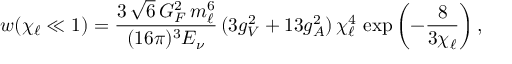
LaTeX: w ( \chi _ { \ell } \ll 1 ) = \frac { 3 \, \sqrt { 6 } \, G _ { F } ^ { 2 } \, m _ { \ell } ^ { 6 } } { ( 1 6 \pi ) ^ { 3 } E _ { \nu } } \, ( 3 g _ { V } ^ { 2 } + 1 3 g _ { A } ^ { 2 } ) \, \chi _ { \ell } ^ { 4 } \, \exp \left( - { \frac { 8 } { 3 \chi _ { \ell } } } \right) ,